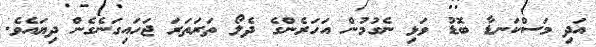
އަދި މަސްކަނޑާ ބޮޑު ވަޅި ނެގުމުން އަހަރެންގެ ދެލޯ ތަރަތަރަ ޖަހައިގަނެގެން ދިޔައެވެ.